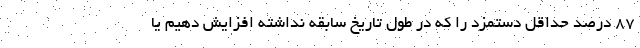
۸۷ درصد حداقل دستمزد را که در طول تاریخ سابقه نداشته افزایش دهیم یا